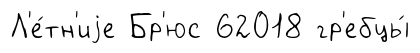
Л'е́тн'иjе Бр'юс 62018 гр'ебцы́